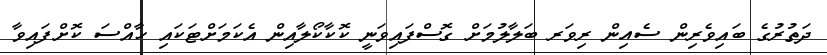
ދަތުރުގެ ބައިވެރިން ސެއިން ރިވަރ ބަލާލުމަށް ގޮސްފައިވަނީ ކޮކާކޯލާއިން އެކަމަށްޓަކައި ހާއްސަ ކޮށްފައިވާ